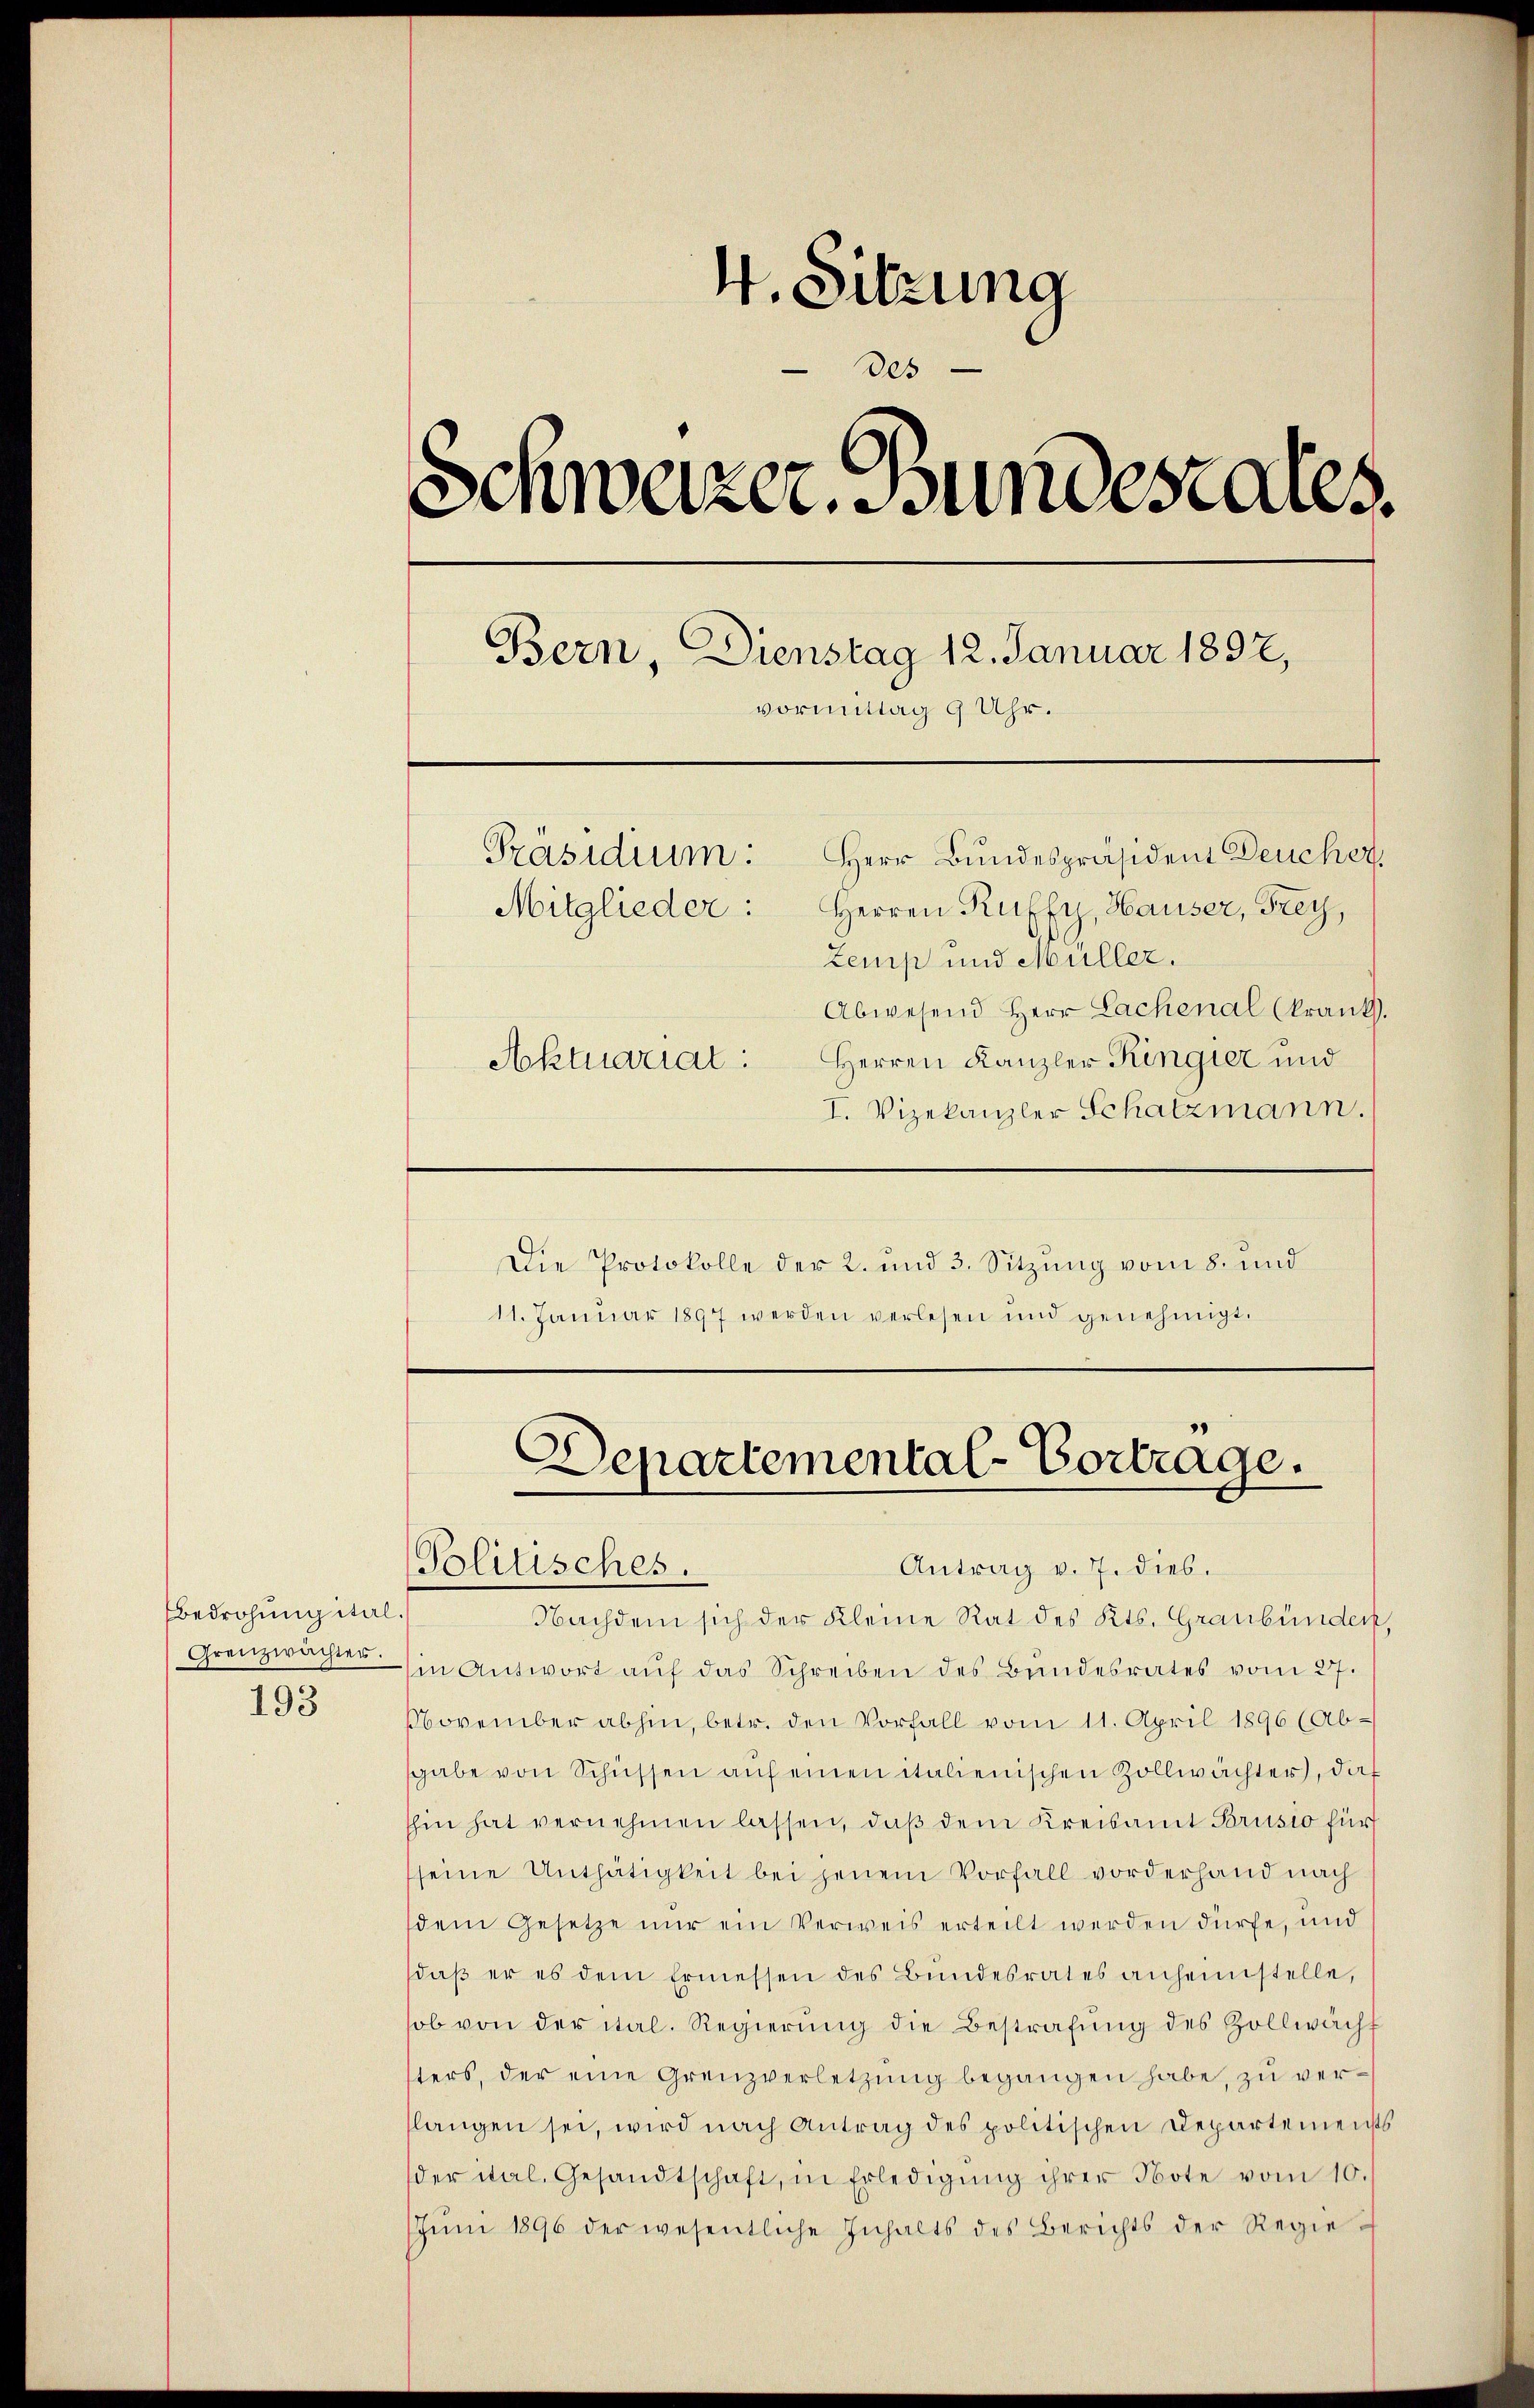
bedrohung ital.
193

4. Sitzung
des
Schweizer. Sündesaus
Bern, Dienstag 12. Januar 1897,
vormittag 9 Uhr.
Präsidium: Herr Bundespräsident Deucher,
Mitglieder: Herren Ruffy, Hauser, Frey,
Zemp und Müller.
Abwesend Herr Lachenal (krank.
Aktuariat: Herren Kanzler Ringier und
I. Vizekanzler Schatzmann.

Die Protokolle der 2. und 3. Sitzung vom 8. und
11. Januar 1897 werden verlesen und genehmigt.

Departemental-Vortrage.
Politisches.
Antrag v. 7. dies.

Nachdem sich der Kleine Rat des Kts. Graubünder,
Grenzwachten in Antwort aŭf das Schreiben des Bundesrates vom 27.
November abhin, betr. den Vorfall vom 11. April 1896 (Ab-
sgabe von Schüssen auf einen italienischen Zollwächter, dies
shin hat vernehmen lassen, daß dem Kreisamt Brusio für
seine Unthätigkeit bei jenem Vorfall vorderhand nach
dem Gesetze nur ein Verweis erteilt werden dürfe, und
daβ er es dem Ermessen des Bŭndesrates anheimstelle,
sob von der ital. Regierŭng die Bestrafŭng des Zollwächt
sters, der eine Grenzverletzung begangen habe, zu verslangen sei, wird nach Antrag des politischen Departemensts
der ital, Gesandtschaft, in Erledigŭng ihrer Note vom 10.
Jŭni 1896 der wesentliche Inhalts des Berichts der Regie-